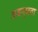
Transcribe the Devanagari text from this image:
अबन्धता